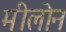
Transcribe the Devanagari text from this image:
मीलोन